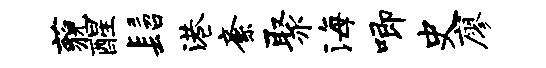
藐醒髫港紊聚海唧史廖